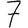
Digit: 7